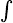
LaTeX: \scriptstyle\int